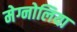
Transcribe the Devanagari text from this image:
मेग्नोलिया